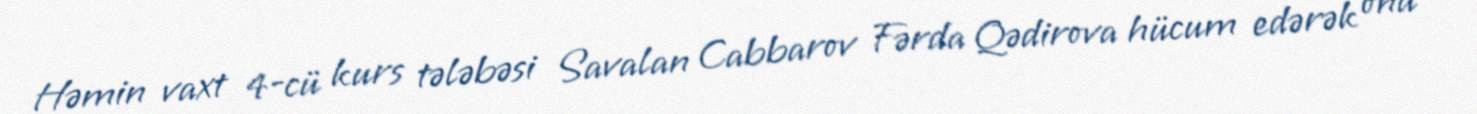
Həmin vaxt 4-cü kurs tələbəsi Savalan Cabbarov Fərda Qədirova hücum edərək onu